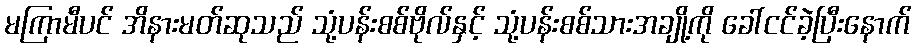
မကြာမီပင် အိနားမတ်ဆုသည် သုံ့ပန်းစစ်ဗိုလ်နှင့် သုံ့ပန်းစစ်သားအချို့ကို ခေါ်ငင်ခဲ့ပြီးနောက်